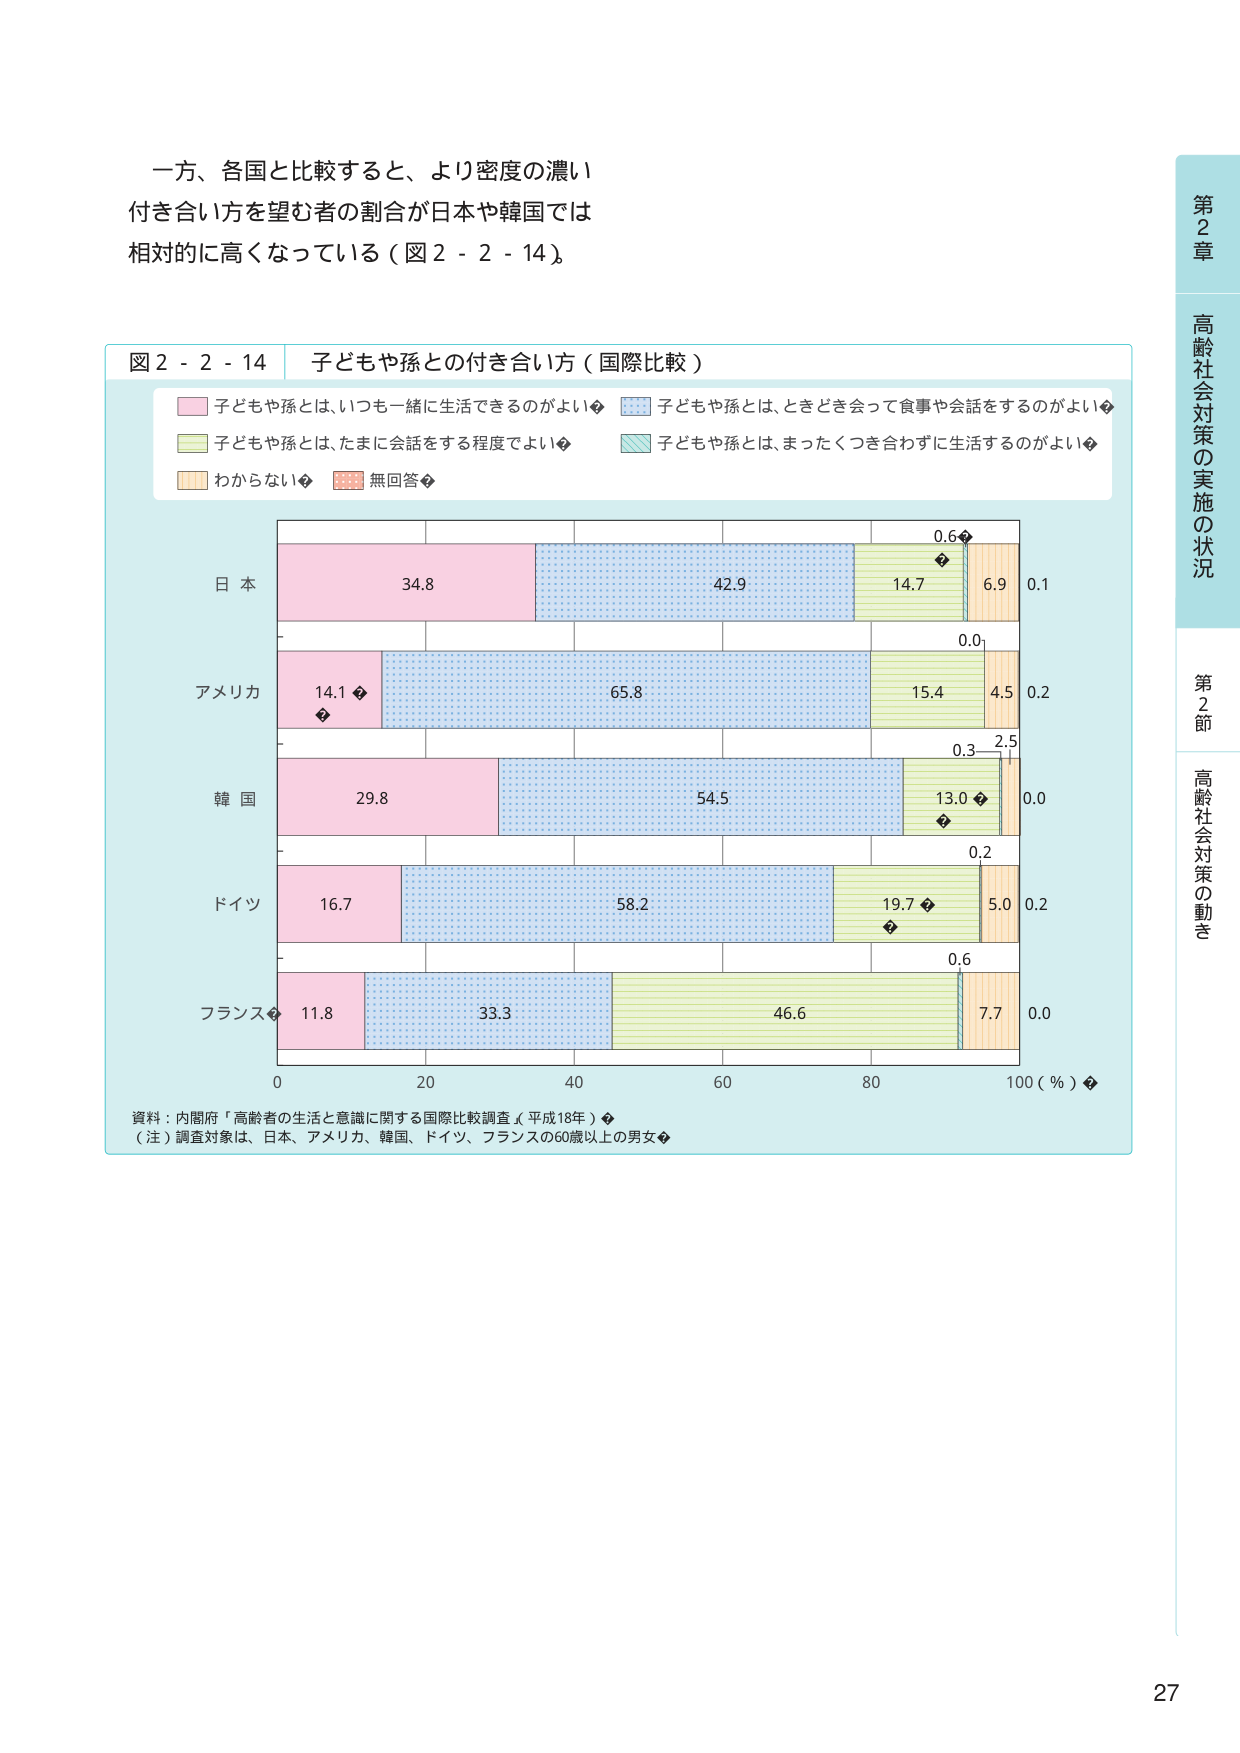
一方、各国と比較すると、より密度の濃い
付き合い方を望む者の割合が日本や韓国では
相対的に高くなっている（図２－２－１４）。

図２－２－１４　子どもや孫との付き合い方（国際比較）

子どもや孫とは、いつも一緒に生活できるのがよい
子どもや孫とは、ときどき会って食事や会話をするのがよい
子どもや孫とは、たまに会話をする程度でよい
子どもや孫とは、まったくつき合わずに生活するのがよい
わからない
無回答

日本
34.8　42.9　14.7　6.9　0.1

アメリカ
14.1　65.8　15.4　4.5　0.2

韓国
29.8　54.5　13.0　0.3　0.0

ドイツ
16.7　58.2　19.7　5.0　0.2

フランス
11.8　33.3　46.6　7.7　0.0

0　20　40　60　80　100（％）

資料：内閣府「高齢者の生活と意識に関する国際比較調査（平成18年）」
（注）調査対象は、日本、アメリカ、韓国、ドイツ、フランスの60歳以上の男女

第２章　高齢社会対策の実施の状況
第２節　高齢社会対策の動き

27